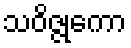
သဝိဇ္ဇုကော